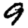
Digit: 9